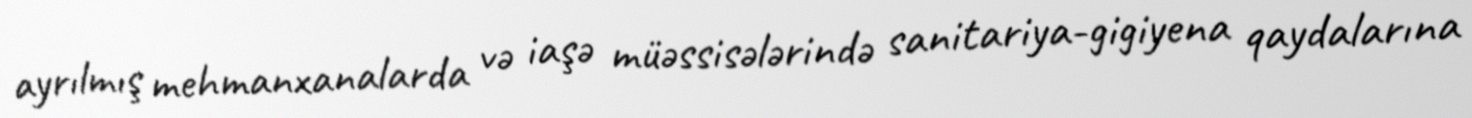
ayrılmış mehmanxanalarda və iaşə müəssisələrində sanitariya-gigiyena qaydalarına